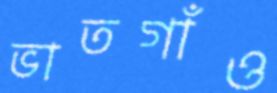
ভাতগাঁও